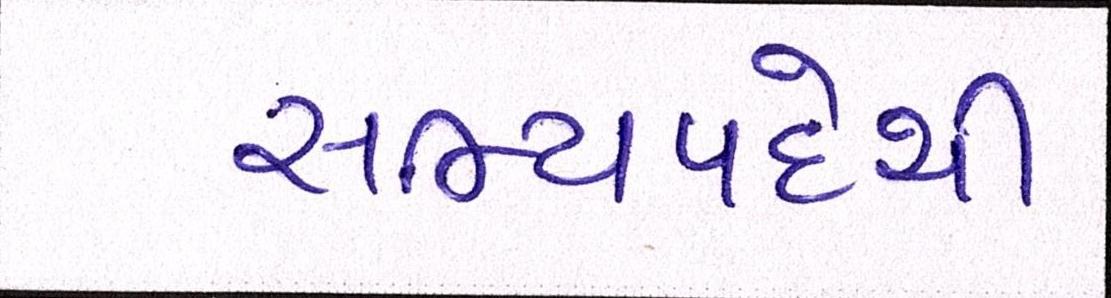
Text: સભ્યપદેથી